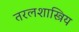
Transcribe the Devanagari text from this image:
तरलशास्त्रिय